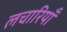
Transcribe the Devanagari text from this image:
लचारियाँ